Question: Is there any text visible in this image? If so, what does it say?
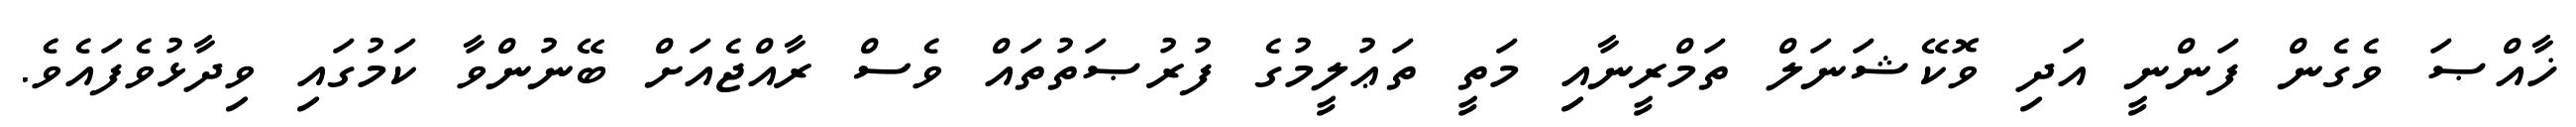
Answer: ޚާއްޞަ ވެގެން ފަންނީ އަދި ވޮކޭޝަނަލް ތަމްރީނާއި މަތީ ތަޢުލީމުގެ ފުރުޞަތުތައް ވެސް ރާއްޖެއަށް ބޭނުންވާ ކަމުގައި ވިދާޅުވެފައެވެ.